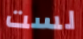
لست